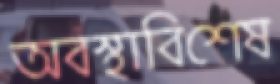
অবস্থাবিশেষ